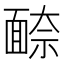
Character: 𩈫